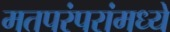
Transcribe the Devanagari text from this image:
मतपरंपरांमध्ये